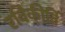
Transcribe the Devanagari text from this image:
रविकीर्ति